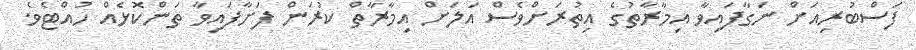
ފަސްބުރިއަށް ނަގާފައިވާ އިމާރާތުގެ އިތުރަށްވެސް އަލަށް އިމާރާތް ކުރަން ފަށާފައިވާ ތަންކޮޅެއް ހުއްޓެވެ.